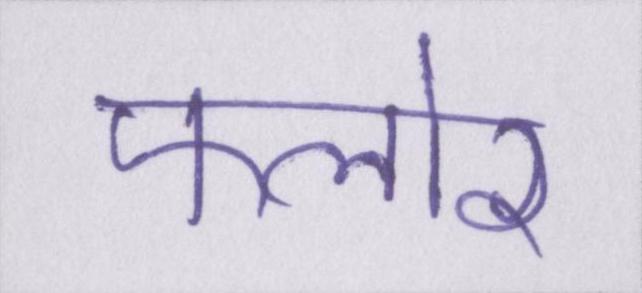
फ्लोर